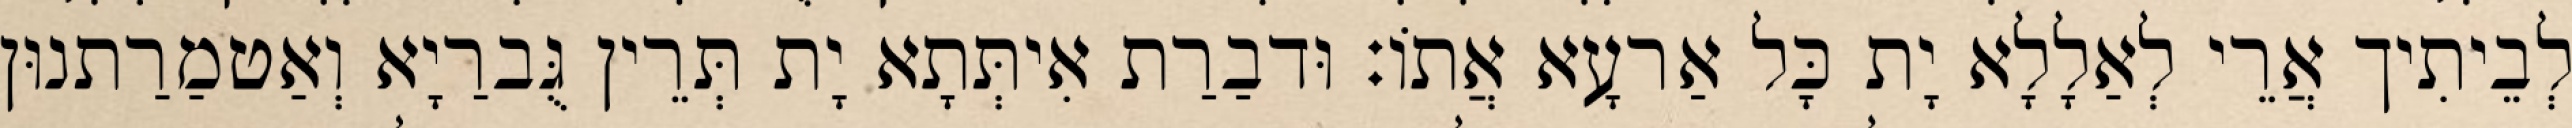
לְבֵיתִיך אֲרֵי לְאַלָלָא יָת כָּל אַרעָא אֲתוֹ׃ וּדבַרַת אִיתְּתָא יָת תְּרֵין גֻּברַיָא וְאַטמַרַתנוּן